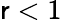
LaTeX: \mathsf{r}<1